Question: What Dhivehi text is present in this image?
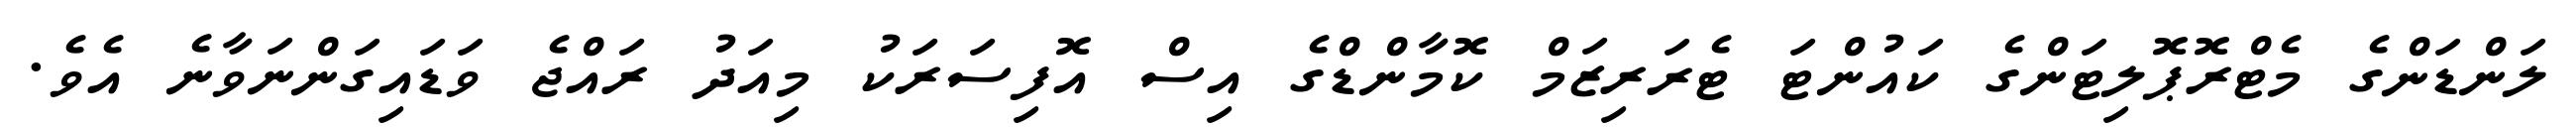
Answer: ލަންޑަންގެ މެޓްރޮޕޮލިޓަންގެ ކައުންޓަ ޓެރަރިޒަމް ކޮމާންޑްގެ އިސް އޮފިސަރަކު މިއަދު ރައްޖެ ވަޑައިގަންނަވާނެ އެވެ.